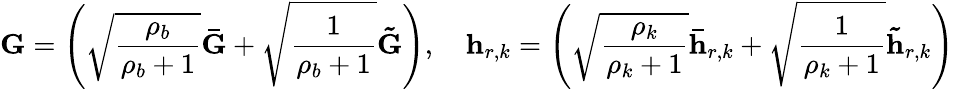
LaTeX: \mathbf{G}=\left(\sqrt{\frac{\rho_{b}}{\rho_{b}+1}}\mathbf{\bar{G}}+\sqrt{\frac{1}{\rho_{b}+1}}\mathbf{\tilde{G}}\right),\quad\mathbf{h}_{r,k}=\left(\sqrt{\frac{\rho_{k}}{\rho_{k}+1}}\mathbf{\bar{h}}_{r,k}+\sqrt{\frac{1}{\rho_{k}+1}}\mathbf{\tilde{h}}_{r,k}\right)